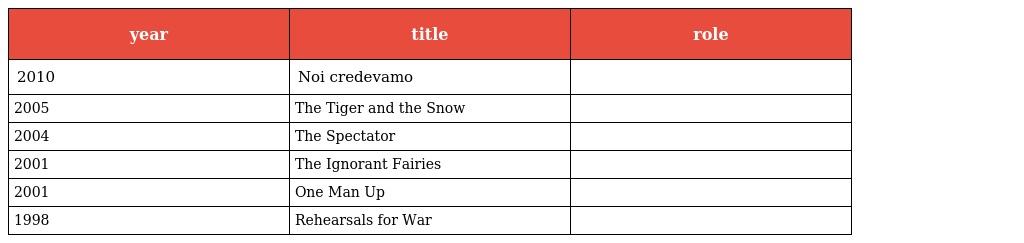
| year | title | role |
 | --- | --- | --- |
 | 2010 | Noi credevamo |  |
 | 2005 | The Tiger and the Snow |  |
 | 2004 | The Spectator |  |
 | 2001 | The Ignorant Fairies |  |
 | 2001 | One Man Up |  |
 | 1998 | Rehearsals for War |  |